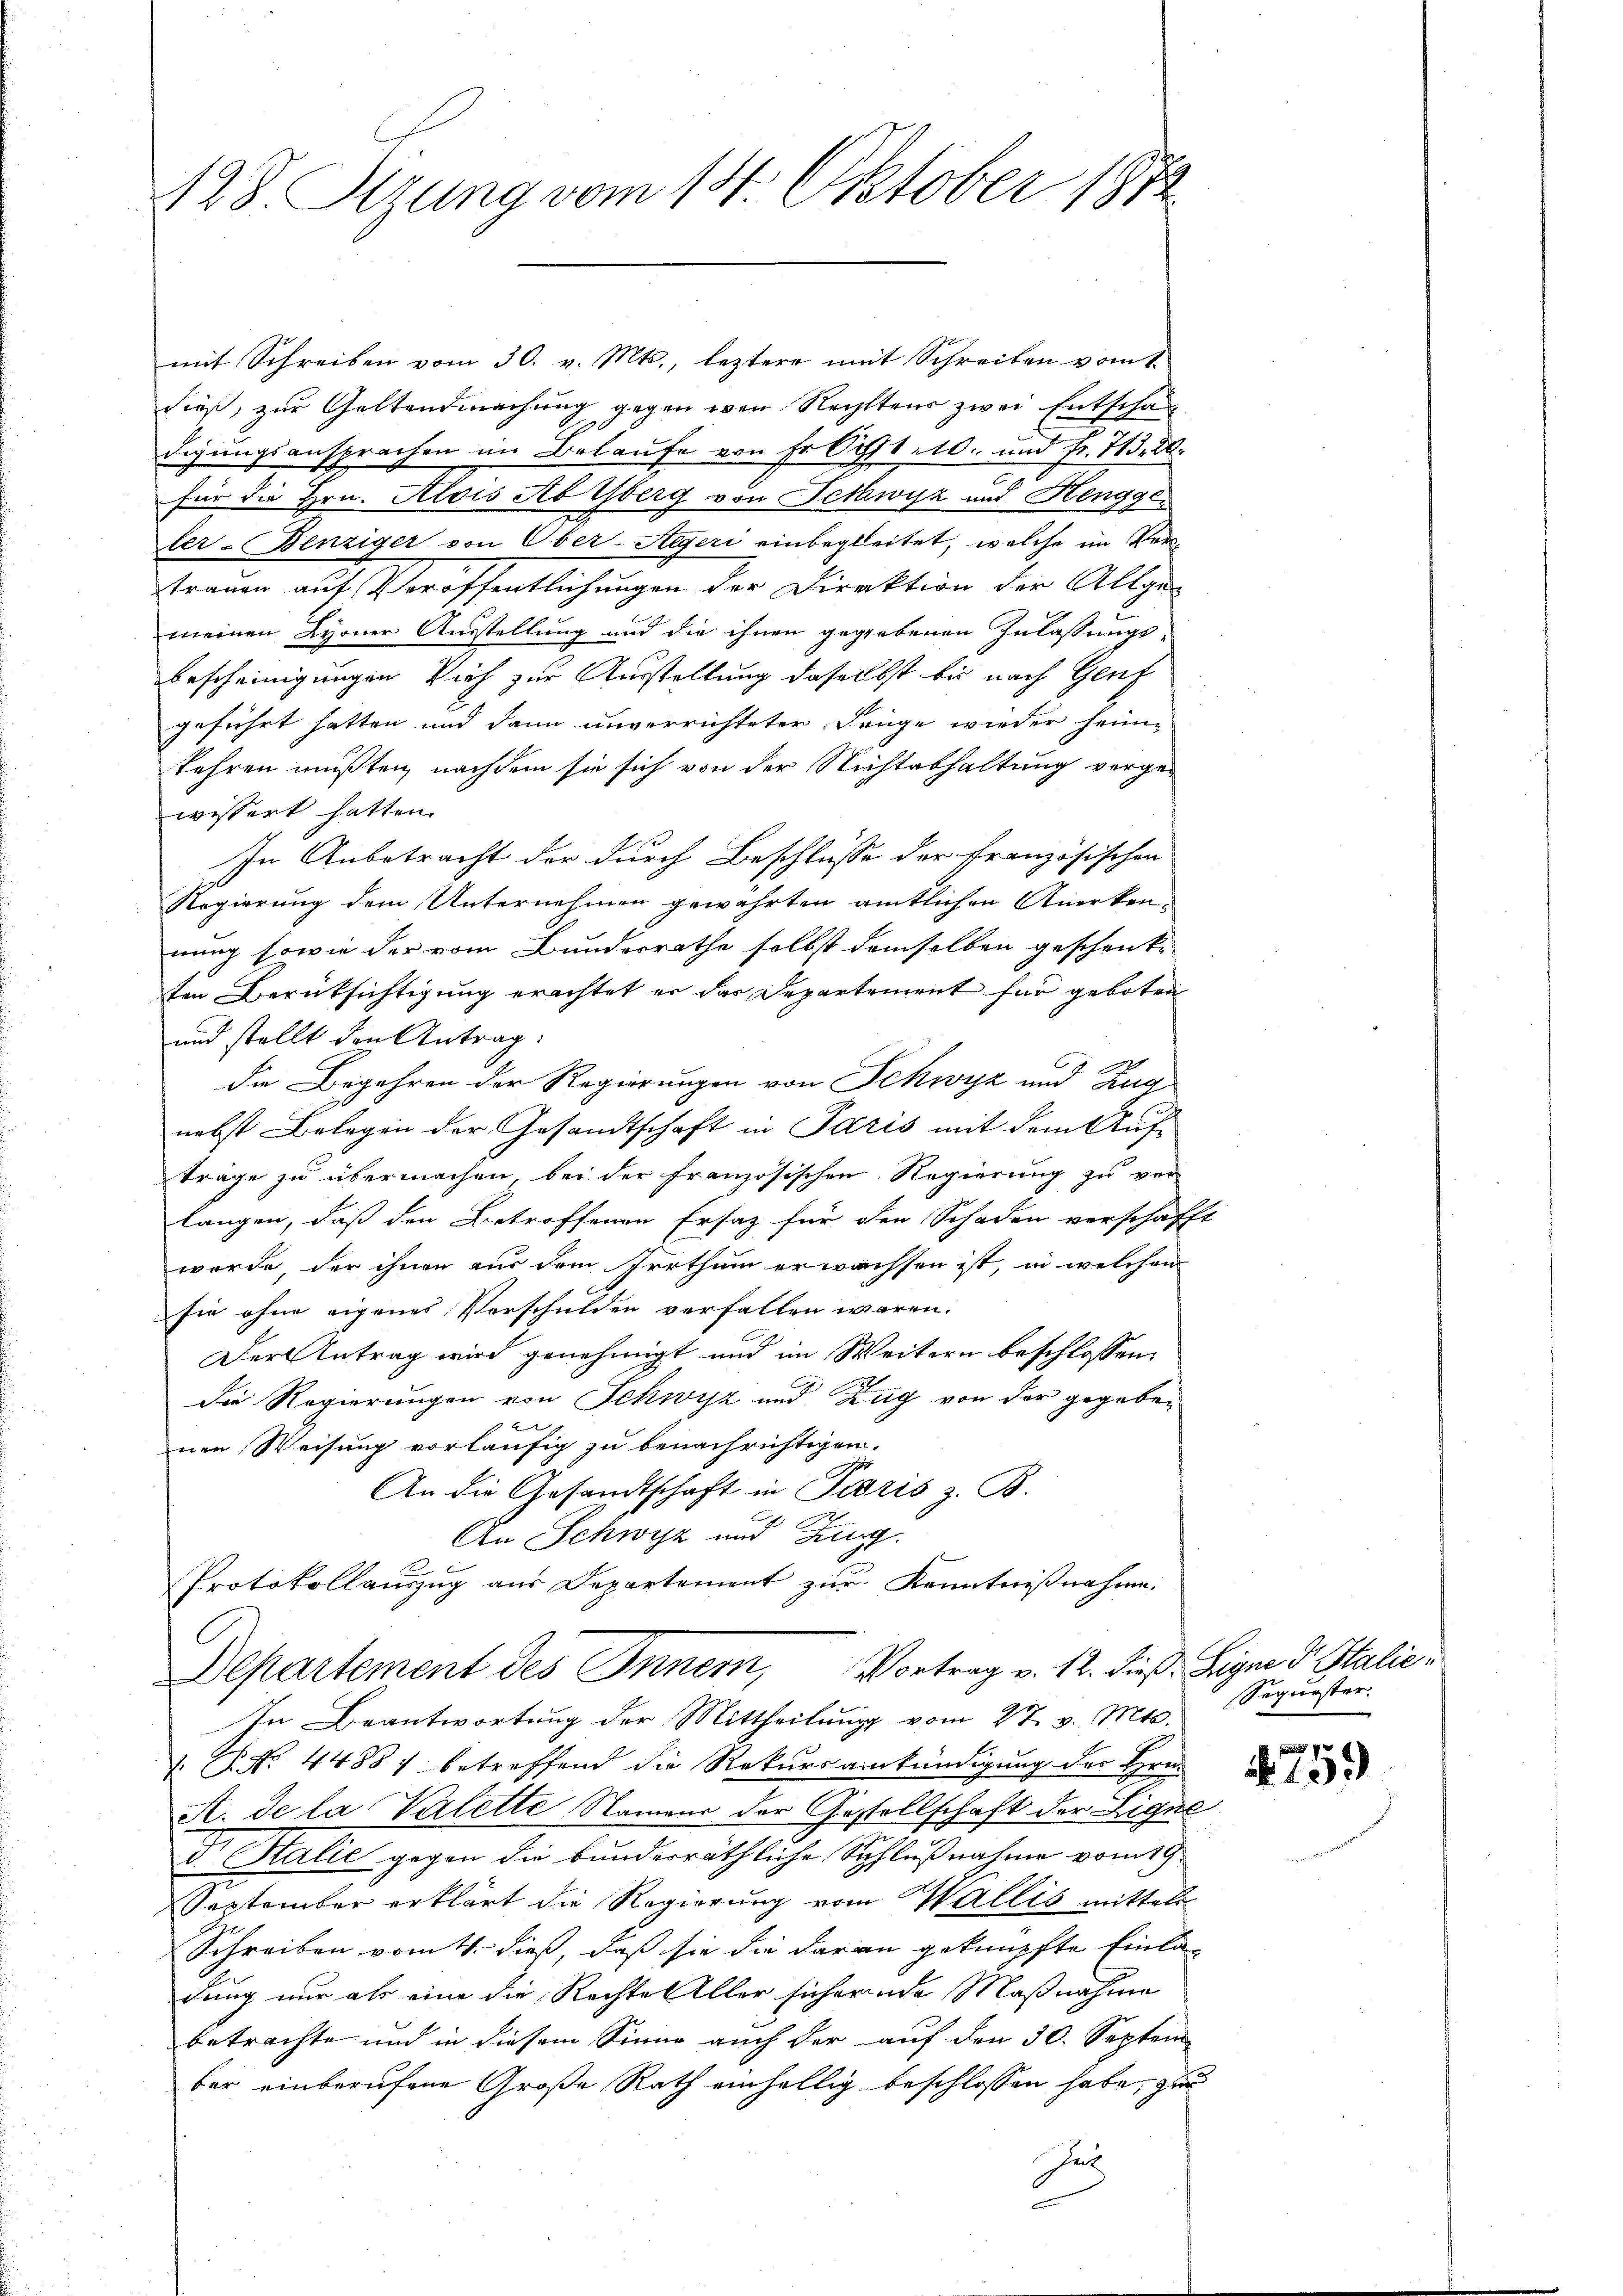
428. Sizung vom 14. Oktober 1872.

mit Schreiben vom 30. v. Mts., leztere mit Schreiben vom 1.
dieß, zur Geltendmachung gegen wen Rechtens zwei Entschaft
l
digungsansprachen im Belaufe von Er Oct. 10. und Fr. 713. d.
für die Hrn. Alois Ab Yberg von Schwyz und Hengge
ler- Benziger von Ober-Aegeri einbegleitet, welche im Vertrauen auf Veröffentlichungen der Direktion der Allge-
meinen Lyoner Ausstellung und die ihnen gegebenen Zulassungs-
bescheinigungen sich zur Ausstellung daselbst bis nach Genf
geführt hatten und dann unverrichteten Lange wieder heimkehren mußten, nachdem sie sich von der Nichtabhaltung vorgewissert hatten.
In Anbetracht der durch Beschlüsse der französischen
Regierung dem Unternehmen gewährten amtlichen Anerken-
nung sowie der vom Bunderrathe selbst demselben geschenke
ten Berüksichtigung erachtet er der Departement für geboten
und stellt den Antrag:
12
die Begehren der Regierungen von Schwyz und Zug
nebst Belegen der Gesandtschaft in Paris mit dem Auf-
träge zu übermachen, bei der französischen Regierung zu ver-
langen, daß den Betroffenen Ersatz für den Schaden verschafft
werde, der ihnen aus dem Irrthum erwachsen ist, in welchen
sie ohne eigenes Verschulden verfallen wären.
Der Antrag wird genehmigt und im Weitern beschlossen,
die Regierungen von Schwyz und Zug von der gegeben
e
nen Weisung vorläufig zu benachrichtigen.
An die Gesandtschaft in Paris z. B.
An Schwyz und Zung
Protokollauszug aus Departement zur Kenntnißnahme.
Departement des Innern, Vortrag v. 12. dieß. Eigen 3 Stalie
In Beantwortung der Mittheilung vom 27. v. Mts.
 P. Nr. 4488) betreffend die Rekursankündigung des Hrn.
A. de la Valette Namens der Gestellschaft der Ligul
Dr Stalić gegen die bunderräthliche Schlußnahme vom 19.
September erklärt die Regierung vom Wallis mittels
Schreiben vom 4. dieß, daß sie die daran geknüpfte Einla-
dung nur als eine die Rechte Aller sichernde Maßnahme
betrachte und in diesem Sinne auch der auf den 30. Septem
bei einberufene Große Rath einhellig beschlossen habe, zu
Get
e

Sequester.

N 199